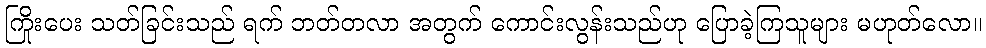
ကြိုးပေး သတ်ခြင်းသည် ရက် ဘတ်တလာ အတွက် ကောင်းလွန်းသည်ဟု ပြောခဲ့ကြသူများ မဟုတ်လော။